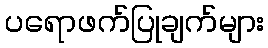
ပရောဖက်ပြုချက်များ